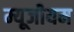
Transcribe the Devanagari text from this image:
म्यूजीयम